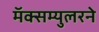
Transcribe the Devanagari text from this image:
मॅक्सम्युलरने